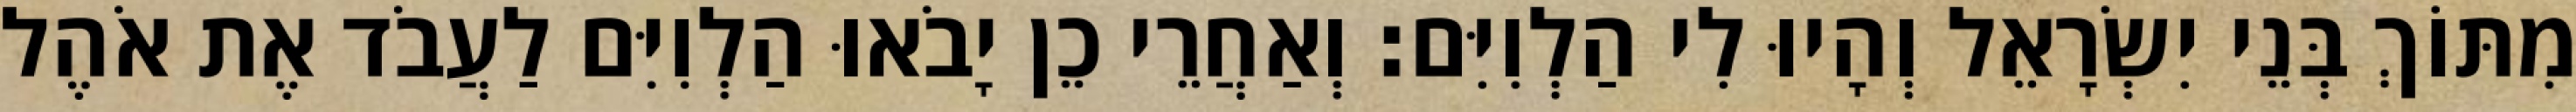
מִתּוֹךְ בְּנֵי יִשְׂרָאֵל וְהָיוּ לִי הַלְוִיִּם׃ וְאַחֲרֵי כֵן יָבֹאוּ הַלְוִיִּם לַעֲבֹד אֶת אֹהֶל